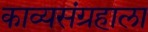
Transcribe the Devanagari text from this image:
काव्यसंग्रहाला